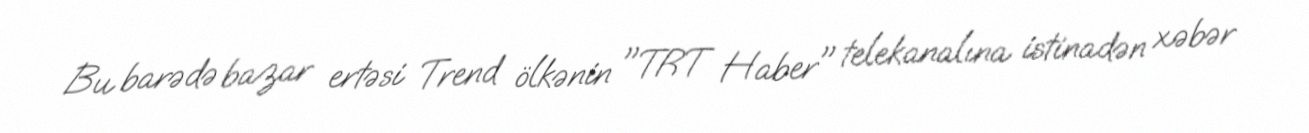
Bu barədə bazar ertəsi Trend ölkənin "TRT Haber" telekanalına istinadən xəbər